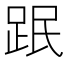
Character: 䟨